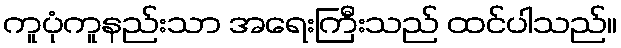
ကူပုံကူနည်းသာ အရေးကြီးသည် ထင်ပါသည်။